Medical and sanitary report of the native army of Madras for the year
Year: 1877
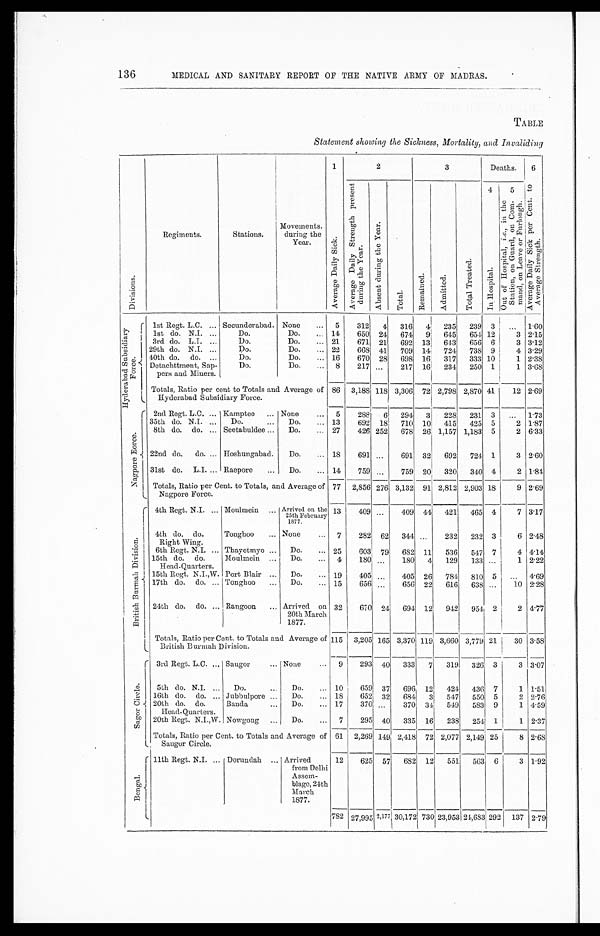
136
MEDICAL AND SANITARY REPORT OF THE NATIVE ARMY OF MADRAS.
TABLE
Statement showing the Sickness, Mortality, and Invaliding
D i v i s i o n s .
Regiments.
Stations.
Movements.
during the
Year.
1
A v e r a g e D a i l y S i c k .
2
3
Deaths.
6
A v e r a g e D a i l y S i c k p e r C e n t . t o A v e r a g e S t r e n g t h .
A v e r a g e D a i l y S t r e n g t h p r e s e n t d u r i n g t h e Y e a r .
A b s e n t s u r i n g t h e Y e a r .
T o t a l .
R e ma i n e d .
A d m i t t e d .
T o t a l T r e a t e d .
4 I n H o s p i t a l .
5
O u t o f H o s p i t a l , i , e . , i n t h e S t a t i o n , o n L e a v e o r F u r l o n g h .
Hyderabad Subsidiary Force.
1st Regt. L.C.
Secunderabad. None
5
312
4
316
4
235
239 3
. . . 1.60
1st do. N.I.
Do.
Do.
14
650 24
674
9 645
654 12
3 2.15
3rd do. L.I.
Do.
Do.
21
671 21
692 13
643
656 6
3 3.12
29th do. N.I.
Do.
Do.
22
668 41
709 14
724
738 9
4 3.29
40th do. do.
Do.
Do.
16
670 28 698 16
317
333 10
1 2.38
Detachttment, Sap-
pers and Miners.
Do.
Do.
8
217
. . .
217 16
234
250 1
1 3.68
Totals, Ratio per cent to Totals and Average of
Hyderabad Subsidiary Force.
86 3,188 118 3,306 72 2,798 2,870 41
12 2.69
Nagpore Force.
2nd Regt. L.C.
Kamptee
None
5
288
6
294
3
228
231 3
. . . 1.73
35th do. N.I.
Do.
Do.
13
692 18
710 10
415
425 5
2 1.87
8th do. do.
Seetabuldee
Do.
27
426 252
678 26 1,157 1,183 5
2 6.33
22nd do. do.
Hoshungabad.
Do.
18
691
. . .
691 32
692
724 1
3 2.60
31st do. L.I.
Raepore
Do.
14
759
. . .
759 20
320
340 4
2 1.84
Totals, Ratio per Cent. to Totals, and Average of
Nagpore Force.
77 2,856 276 3,132 91 2,812 2,903 18
9 2.69
British Burmah Division.
4th Regt. N.I.
Moulmein
Arrived on the 25th February
1877.
13
409
. . .
409 44
421
465 4
7 3.17
4th do. do.
Tonghoo
None
7
282
6 2
344
. . .
232
232 3
6 2.48
Right Wing.
6th Regt. N.I.
Thayetmyo
Do.
25
603
7 9
682 11
536
547 7
4 4.14
15th do. do.
Moulmein
Do.
4
180
. . .
180
4
129
133
. . .
1 2.22
Head-Quarters.
15th Regt. N.I.,W. Port Blair
Do.
19
405
. . .
405 26
784
810 5
. . . 4.69
17th do. do.
Tonghoo
Do.
15
656 . . .
656 22
616
638
. . .
10 2.28
24th do. do. Rangoon
Arrived on
20th March
1877.
32
670 2 4
694 12
942 954 2
2 4.77
Totals, Ratio per Cent. to Totals and Average of
British Burmah Division.
1 1 5 3,205 165 3,370 119 3,660 3,77 21
30 3.58
S a g o r C i r c l e .
3rd Regt. L.C.
Saugor
None
9
293 4 0
333
7
319
326 3
3 3.07
5th do. N.I.
Do.
Do.
10
659
3 7
696 12
424
436 7
1 1.51
16th do. do.
Jubbulpore
Do.
18
652 3 2
684
3
547
550 5
2 2.76
20th do. do.
Banda
Do.
17
3701 . . .
370 34
549
583 9
1 4.59
Head-Quarters.
20th Regt. N.I.,W. Now-gong
Do.
7
295 4 0
3 3 5
16
238
254
1
1 2.37
Totals, Ratio per Cent. to Totals and Average of
Saugor Circle.
61 2,269 1 4 9 2,418 72 2,077 2,149 25
8 2.68
Bengal .
11th Regt. N.I.
Dorundah
Arrived
from Delhi
Assem -
blage, 24th
March
1877.
12
625
5 7
682 12
551
563 6
3 1.92
782 27 ,995 2,177 30,172 730 23,953
2 4 , 6 8 3
2 9 2
137 2.79